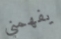
يفهمني